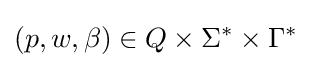
(p,w,\beta )\in Q\times \Sigma ^{*}\times \Gamma ^{*}